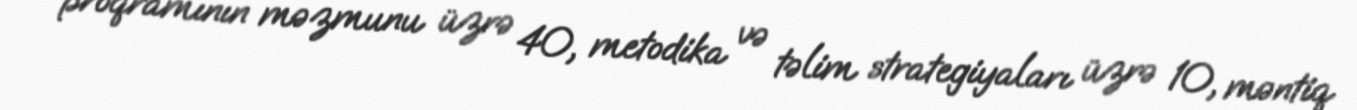
proqramının məzmunu üzrə 40, metodika və təlim strategiyaları üzrə 10, məntiq